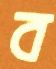
ব